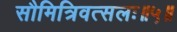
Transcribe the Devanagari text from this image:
सौमित्रिवत्सलः॥५॥